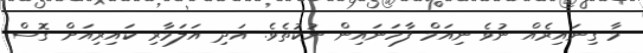
މާ ގިނައިރެއް ނުވެ ނިއަމް ފާހަނައިން ނުކުތެވެ. އަދި އަލަމާރި ކައިރިއަށް ގޮސް